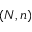
( N , n )